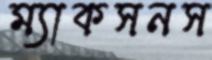
ম্যাকসনস